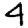
Digit: 4